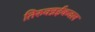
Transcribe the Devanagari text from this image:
तिरुवन्नईकवल